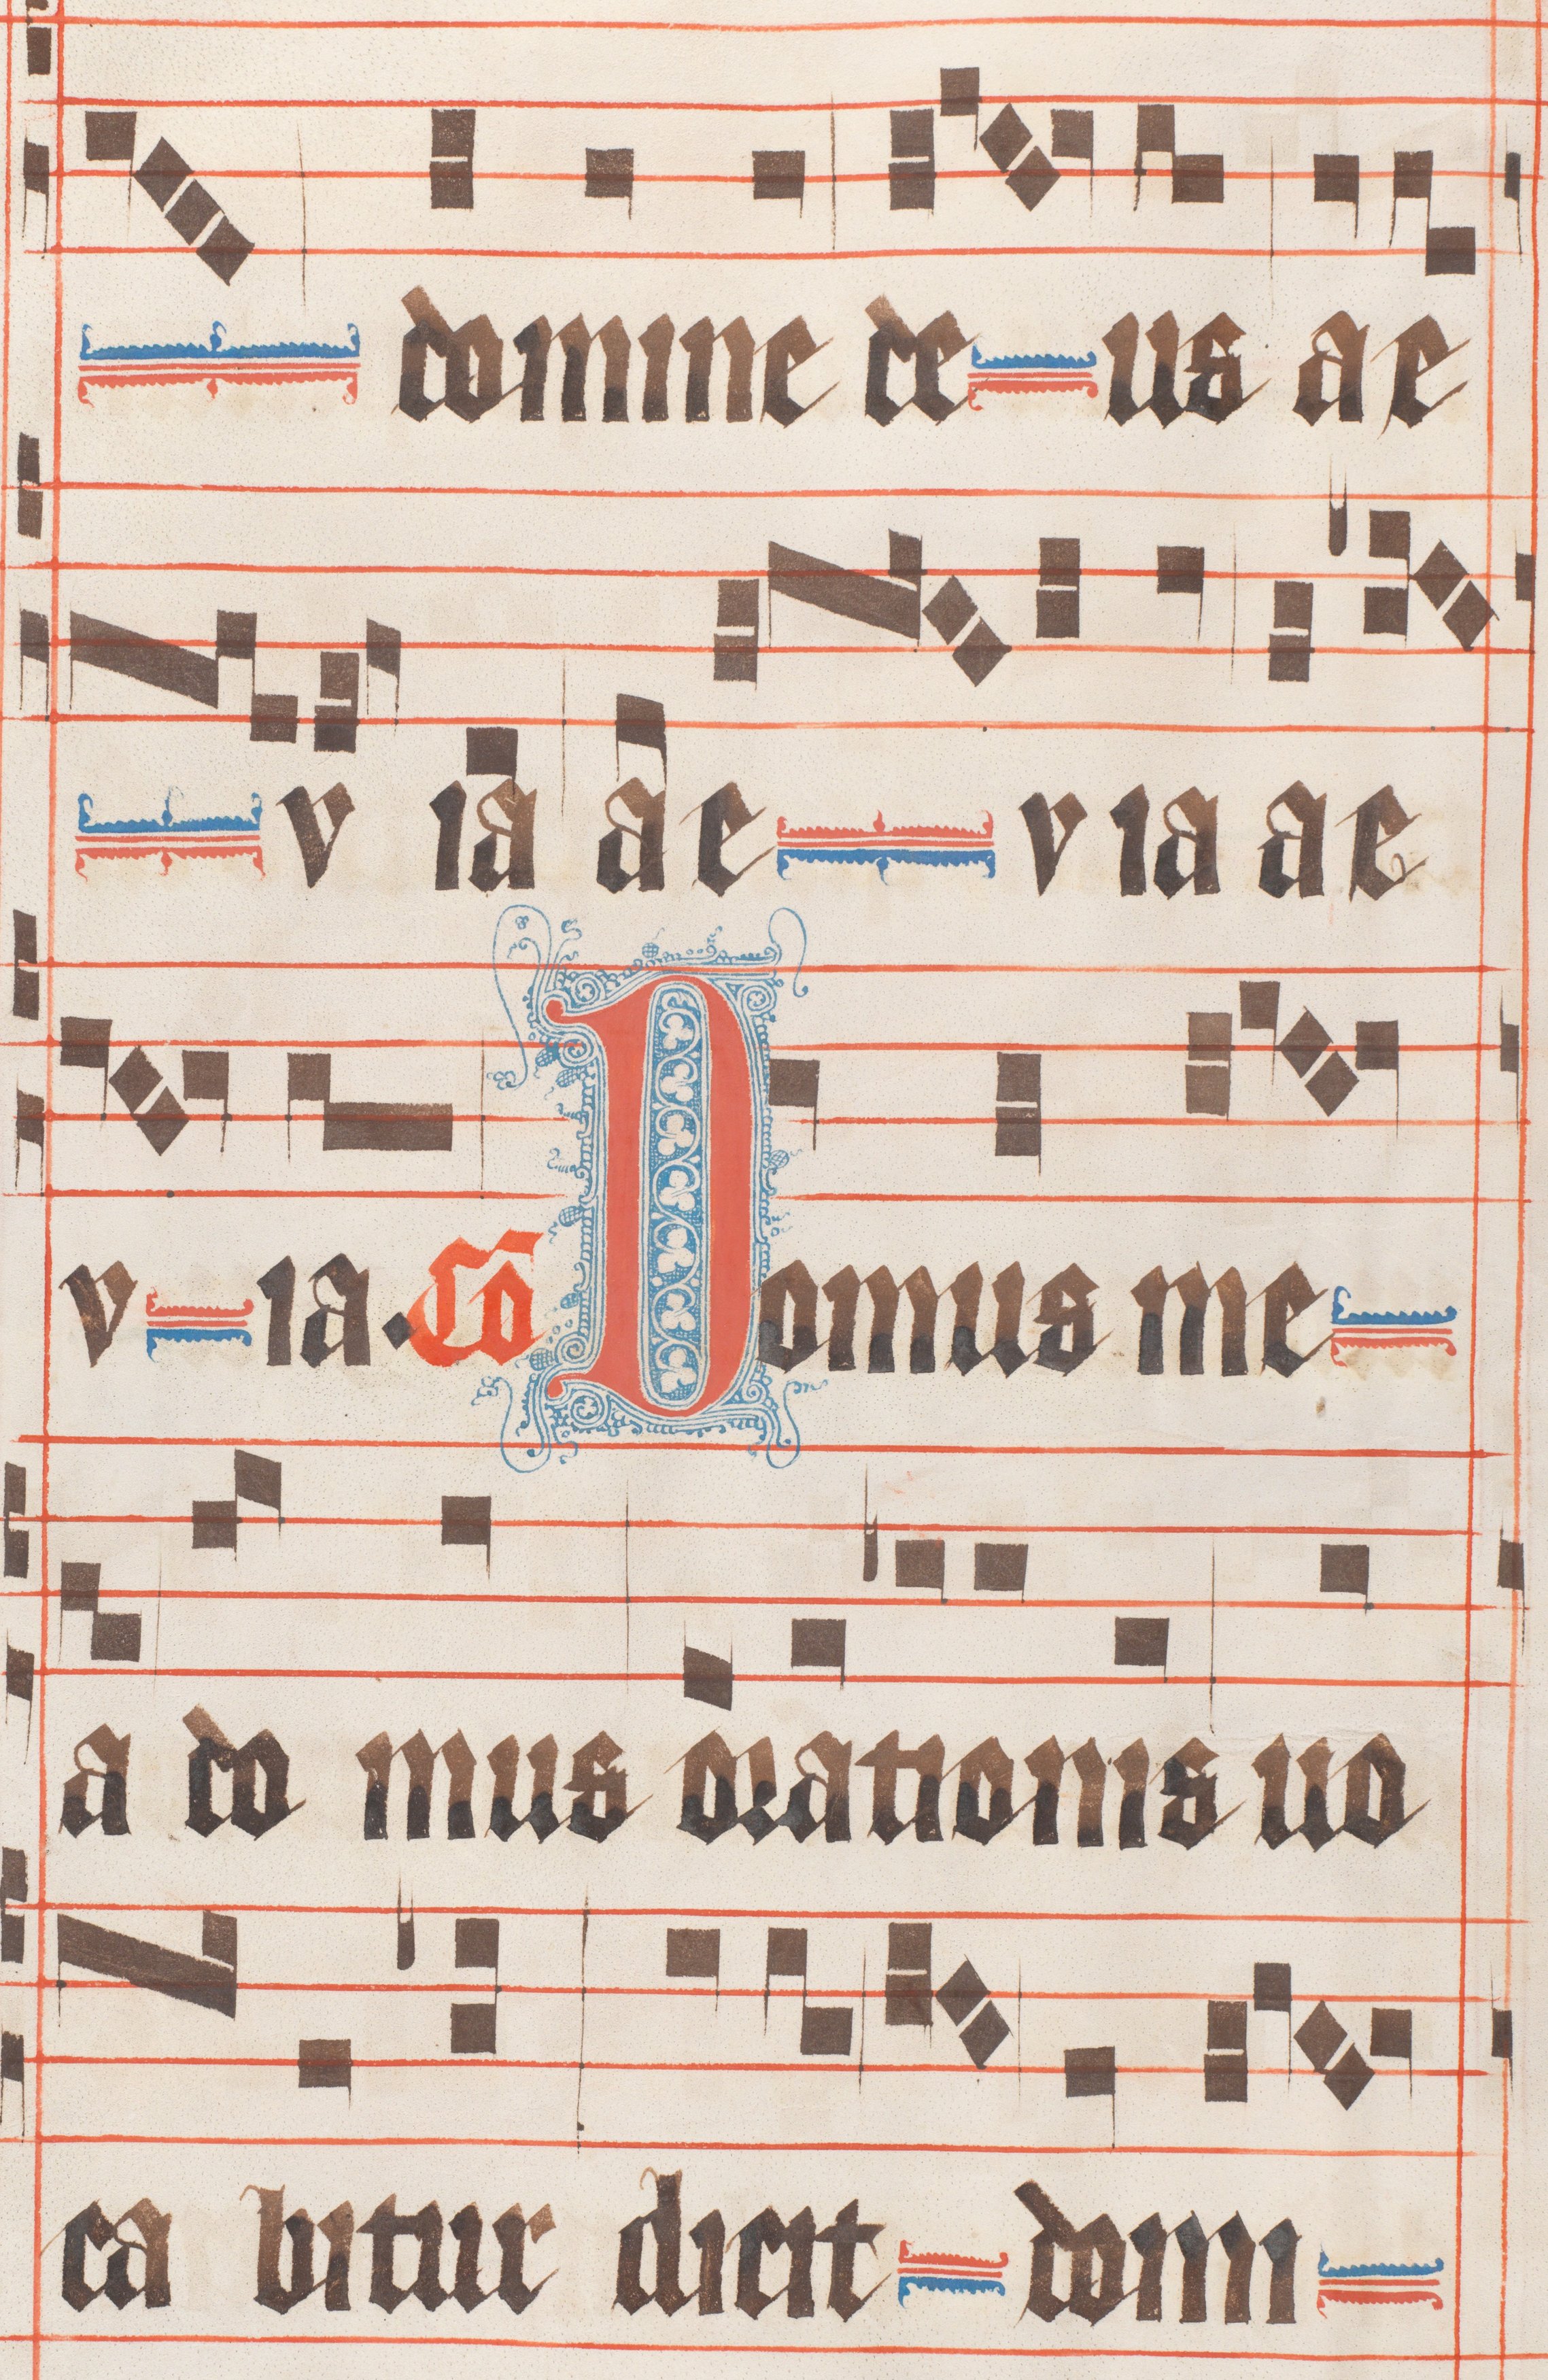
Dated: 1330–1335